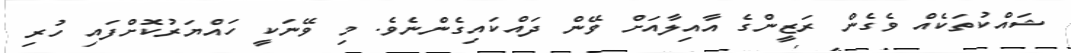
ޝައްކުތަކެއް ވެެގެން ރަޒީންގެ އާއިލާއަށް ވޭން ދައްކައިގެންނެވެ. މި ވޭނަކީ ހައްޔަރުކޮށްފައިި ހުރި